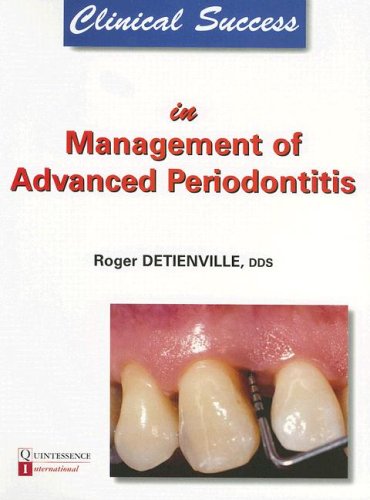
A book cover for Clinical Success in Management of Advanced Periodontitis; Roger Detienville; Medical Books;